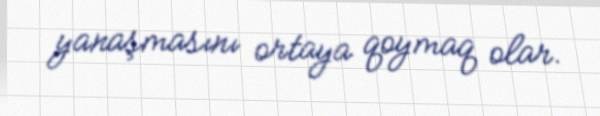
yanaşmasını ortaya qoymaq olar.